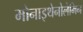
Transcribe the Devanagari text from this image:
मोनाइथेनोलेमिन